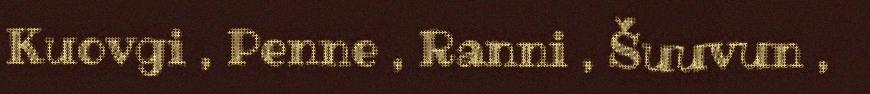
Kuovgi , Penne , Ranni , Šuuvun ,